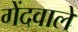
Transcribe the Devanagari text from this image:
गेंदवाले